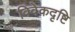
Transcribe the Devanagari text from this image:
विवेकदृष्टि